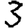
Digit: 3